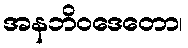
အနဘိဝဒေတော၊